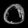
Digit: ၀